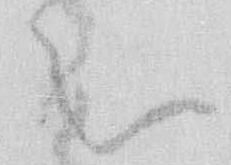
被